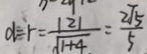
d = r = \frac { \vert 2 \vert } { \sqrt { 1 + 4 . } } = \frac { 2 \sqrt { 5 } } { 5 }